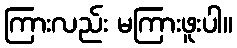
ကြားလည်း မကြားဖူးပါ။